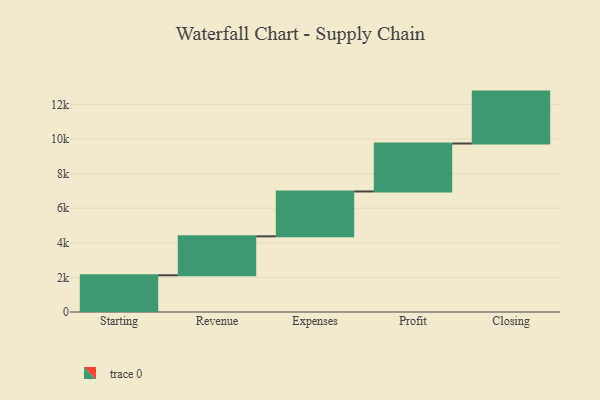
{"axis": {"x": "Step", "y": "Value"}, "legend": [""], "data": [{"x": "Starting", "y": 2122.0, "type": ""}, {"x": "Revenue", "y": 2251.0, "type": ""}, {"x": "Expenses", "y": 2593.0, "type": ""}, {"x": "Profit", "y": 2772.0, "type": ""}, {"x": "Closing", "y": 3000, "type": ""}]}